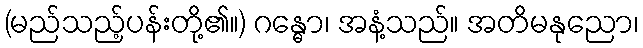
(မည်သည့်ပန်းတို့၏။) ဂန္ဓော၊ အနံ့သည်။ အတိမနုညော၊